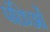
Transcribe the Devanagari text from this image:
पंक्तिओं